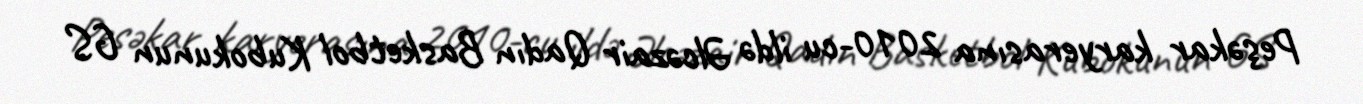
Peşəkar karyerasına 2010-cu ildə Əlcəzair Qadın Basketbol Kubokunun GS